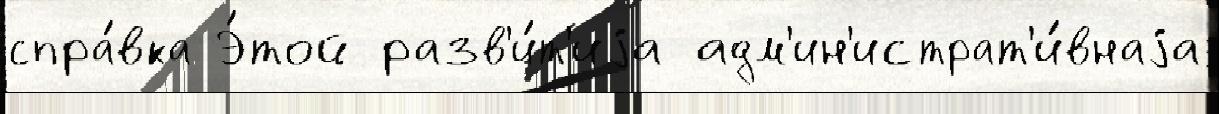
спра́вка Э́той разв'и́т'иjа адм'ин'истрат'и́внаjа